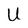
Character: U